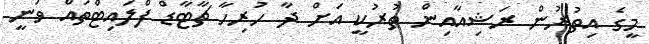
މީގެ އިތުރުން ރަޝިއާއިން ތުރުކީ އަށް ދާ ހުރިހާ ޗާޓާޑް ފްލައިޓްތައް ވަނީ